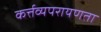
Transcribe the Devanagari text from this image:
कर्त्तव्यपरायणता